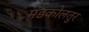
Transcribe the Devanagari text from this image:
मंडकोलतुर